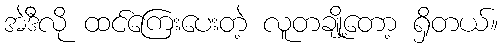
အဲဒီလို ထင်ကြေးပေးတဲ့ လူတချို့တော့ ရှိတယ်။